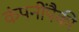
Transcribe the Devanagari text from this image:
कंपनींपैकी